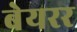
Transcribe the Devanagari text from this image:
बेयरर